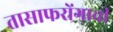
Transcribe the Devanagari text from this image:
तासाफरोंगाची